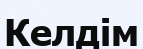
Келдім